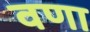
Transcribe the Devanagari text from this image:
वणा